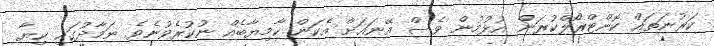
ކަރުނަތައް ކޮންޓްރޯލްކުރަން އުޅުމުން ވެސް އޭނައަށް އެކަން ކާމިޔާބެއް ނުކުރެވުނެވެ. ނަމާދުގައި ކިޔާ